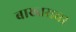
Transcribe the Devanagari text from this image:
बाख्तरावर